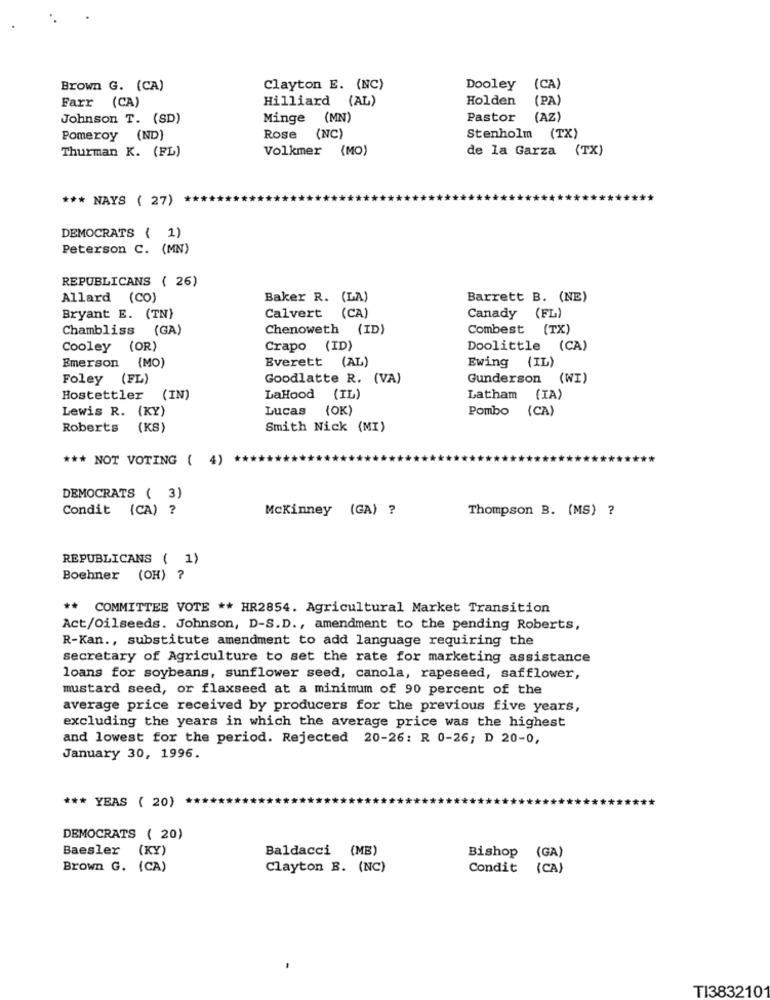
Brown G. (CA)
Clayton E. (NC)
Dooley (CA)
Holden
(PA)
Farr (CA)
Hilliard (AL)
Johnson T. (SD)
Minge (MN)
Pastor (AZ)
Pomeroy (ND)
Rose
(NC)
Stenholm (TX)
Volkmer (MO)
de la Garza (TX)
Thurman K. (FL)
*** NAYS ( 27)
DEMOCRATS ( 2)
Peterson C. (MN)
REPUBLICANS ( 26)
Allard (CO)
Baker R. (LA)
Barrett B. (NE)
Bryant E. (TN)
Calvert (CA)
Canady (FL)
Chambliss (GA)
Chenoweth (ID)
Combest (TX)
Cooley (OR)
Crapo (ID)
Doolittle (CA)
Emerson (MO)
Everett (AL)
Ewing (IL)
Foley (FL)
Goodlatte R. (VA)
Gunderson (WI)
Hostettler (IN)
LaHood (IL)
Latham (IA)
Lewis R. (KY)
Lucas
{OK)
Pombo (CA)
Roberts (KS)
Smith Nick (MI)
*** NOT VOTING ( 4)
DEMOCRATS ( 3)
Condit (CA) ?
Mckinney (GA) ?
Thompson B. (MS) ?
REPUBLICANS ( 1)
Boehner (OH) ?
** COMMITTEE VOTE ** HR2854. Agricultural Market Transition
Act/Oilseeds. Johnson, D-S.D ., amendment to the pending Roberts,
R-Kan ., substitute amendment to add language requiring the
secretary of Agriculture to set the rate for marketing assistance
loans for soybeans, sunflower seed, canola, rapeseed, safflower,
mustard seed, or flaxseed at a minimum of 90 percent of the
average price received by producers for the previous five years,
excluding the years in which the average price was the highest
and lowest for the period. Rejected 20-26: R 0-26; D 20-0,
January 30, 1996.
*** YEAS ( 20)
DEMOCRATS ( 20)
Baesler (KY)
Baldacci (MB)
Bishop
(GA)
Brown G. (CA)
Clayton B. (NC)
Condit
(CA)
TI383210